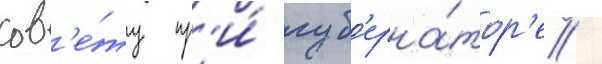
сов'е́ту пр'и́ губ'ерна́тор'е /